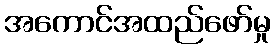
အကောင်အထည်ဖော်မှု